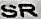
SR